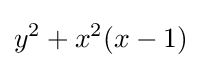
y^{2}+x^{2}(x-1)